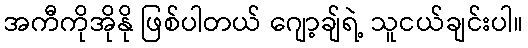
အကီကိုအိုနို ဖြစ်ပါတယ် ဂျော့ချ်ရဲ့ သူငယ်ချင်းပါ။